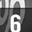
Digit: 6